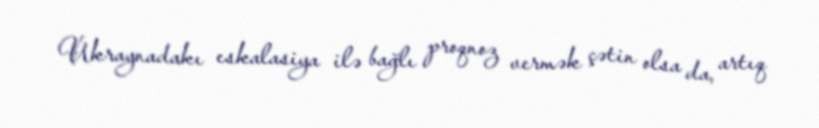
Ukraynadakı eskalasiya ilə bağlı proqnoz vermək çətin olsa da, artıq